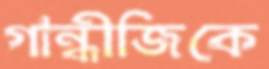
গান্ধীজিকে